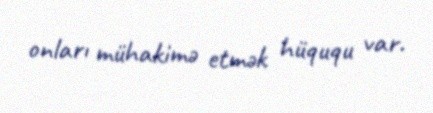
onları mühakimə etmək hüququ var.